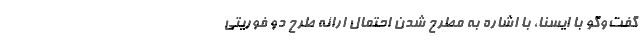
گفت‌وگو با ایسنا، با اشاره به مطرح شدن احتمال ارائه طرح دو فوریتی